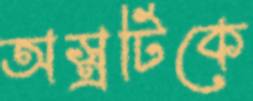
অস্ত্রটিকে